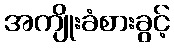
အကျိုးခံစားခွင့်